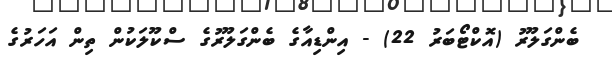
ބެންގަލޫރު (އޮކްޓޯބަރު 22) - އިންޑިއާގެ ބެންގަލޫރުގެ ސްކޫލަކުން ތިން އަހަރުގެ